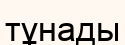
тұнады